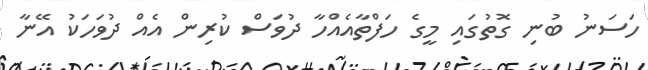
ހަސަނު ބުނި ގޮތުގައި މީގެ ހަފްތާއެއްހާ ދުވަސް ކުރިން އެއް ދުވަހަކު އޭނާ